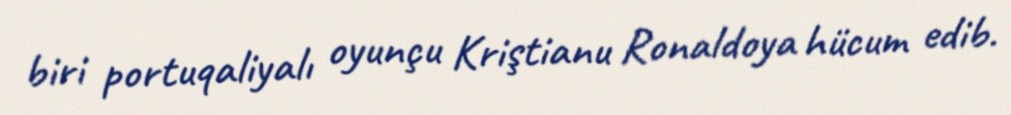
biri portuqaliyalı oyunçu Kriştianu Ronaldoya hücum edib.